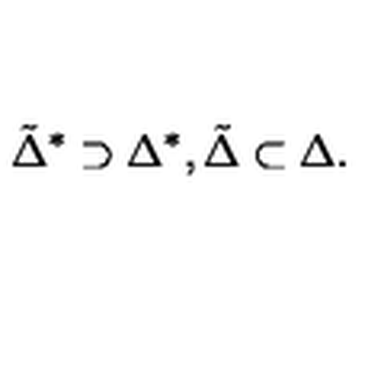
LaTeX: { \tilde { \Delta } } ^ { * } \supset { { \Delta } ^ { * } } , { \tilde { \Delta } } \subset { \Delta } .